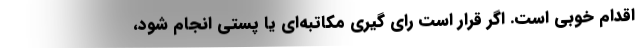
اقدام خوبی است. اگر قرار است رای گیری مکاتبه‌ای یا پستی انجام شود،